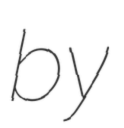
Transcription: by